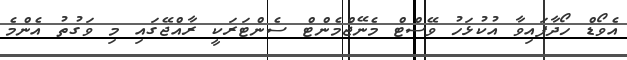
އެވޯޑް ހޯދާފައިވާ އުކުޅަހު ވޭސްޓް މެނޭޖްމެންޓް ސެންޓަރަކީ ރާއްޖޭގައި މި ވަގުތު އެންމެ